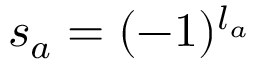
s _ { a } = ( - 1 ) ^ { l _ { a } }